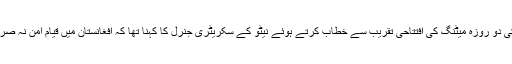
منگل کے روز برسلز میں نیٹو کے وزرائے خارجہ کی دو روزہ میٹنگ کی افتتاحی تقریب سے خطاب کرتے ہوئے نیٹو کے سکریٹری جنرل کا کہنا تھا کہ افغانستان میں قیامِ امن نہ صرف خطے بلکہ بین الاقوامی برادری کے مفاد میں ہے۔